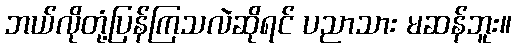
ဘယ်လိုတုံ့ပြန်ကြသလဲဆိုရင် ပညာသား မဆန်ဘူး။